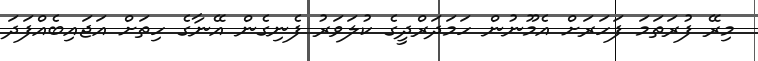
މިރޭ ފުރަތަމަ ފަހަރަށް އެމޫނުން ހަމަދަރްދީގެ ކުލަވަރު ފެނިގެން އޭނާގެ ހިތަށް އަޖައިބެއްފަދަ